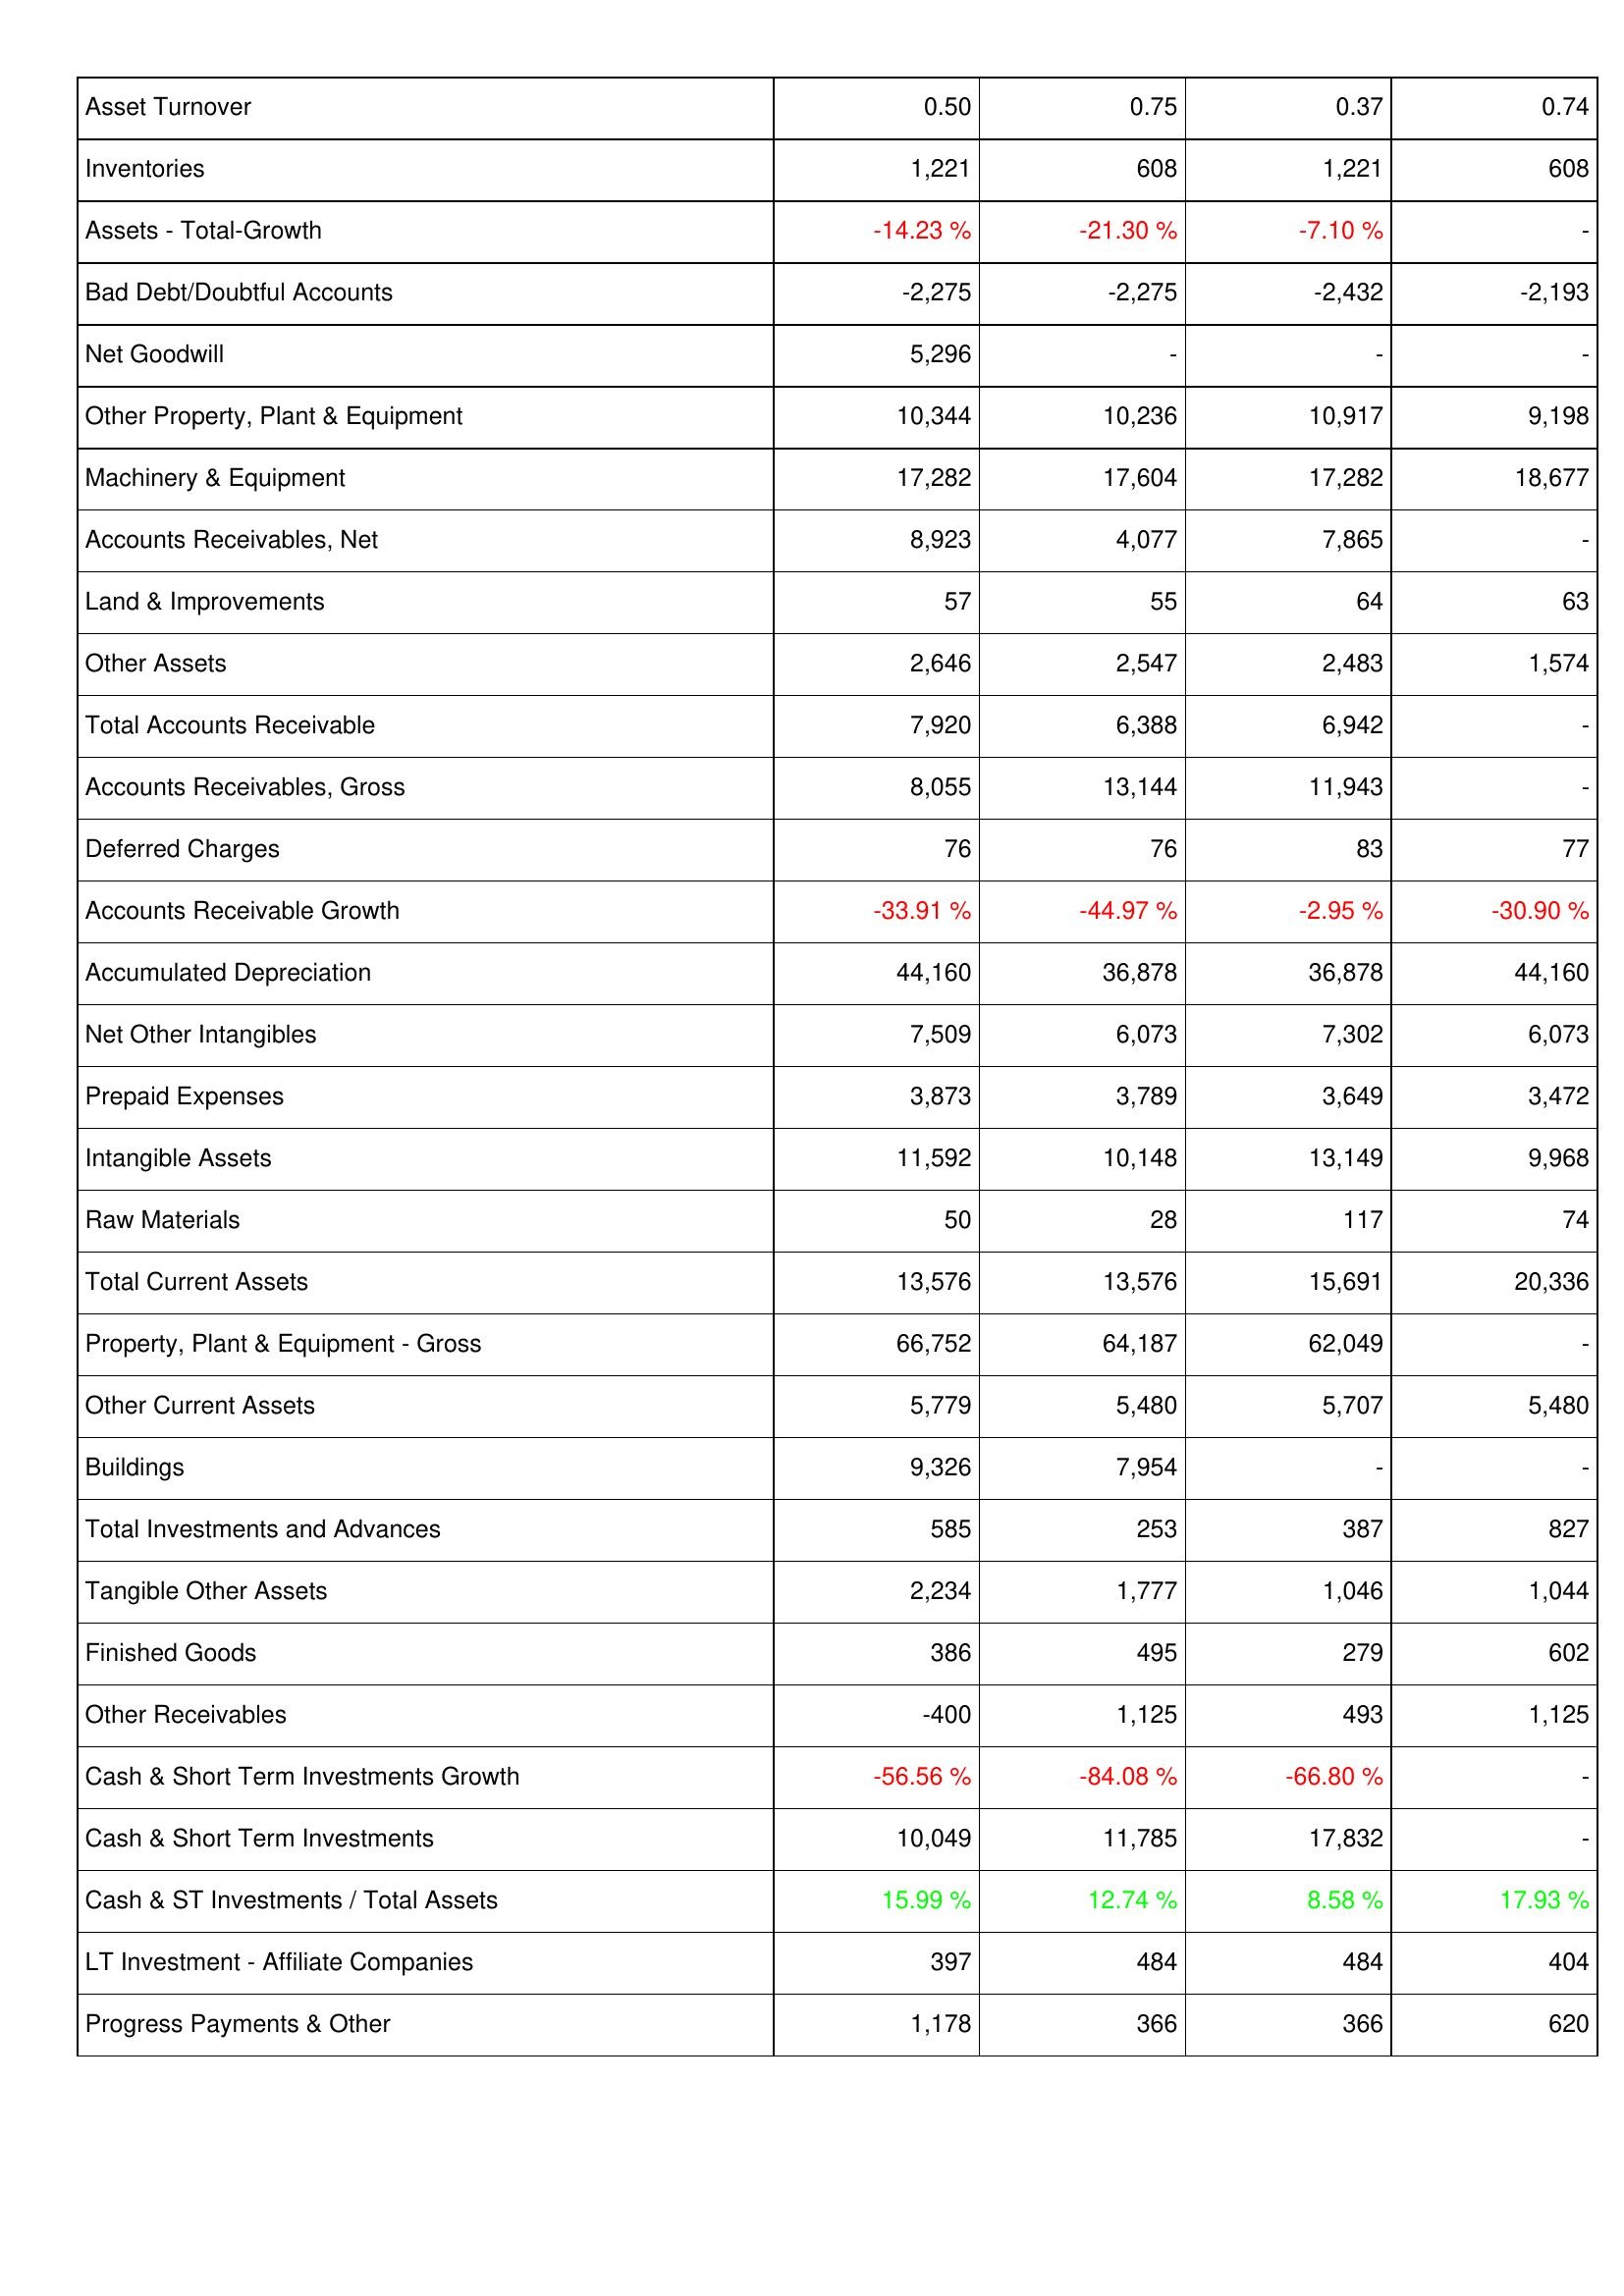
2022: Assets: Asset Turnover: 0.50
Inventories: 1,221
Assets - Total-Growth: -14.23 %
Bad Debt/Doubtful Accounts: -2,275
Net Goodwill: 5,296
Other Property, Plant & Equipment: 10,344
Machinery & Equipment: 17,282
Accounts Receivables, Net: 8,923
Land & Improvements: 57
Other Assets: 2,646
Total Accounts Receivable: 7,920
Accounts Receivables, Gross: 8,055
Deferred Charges: 76
Accounts Receivable Growth: -33.91 %
Accumulated Depreciation: 44,160
Net Other Intangibles: 7,509
Prepaid Expenses: 3,873
Intangible Assets: 11,592
Raw Materials: 50
Total Current Assets: 13,576
Property, Plant & Equipment - Gross: 66,752
Other Current Assets: 5,779
Buildings: 9,326
Total Investments and Advances: 585
Tangible Other Assets: 2,234
Finished Goods: 386
Other Receivables: -400
Cash & Short Term Investments Growth: -56.56 %
Cash & Short Term Investments: 10,049
Cash & ST Investments / Total Assets: 15.99 %
LT Investment - Affiliate Companies: 397
Progress Payments & Other: 1,178
2023: Assets: Asset Turnover: 0.75
Inventories: 608
Assets - Total-Growth: -21.30 %
Bad Debt/Doubtful Accounts: -2,275
Net Goodwill: -
Other Property, Plant & Equipment: 10,236
Machinery & Equipment: 17,604
Accounts Receivables, Net: 4,077
Land & Improvements: 55
Other Assets: 2,547
Total Accounts Receivable: 6,388
Accounts Receivables, Gross: 13,144
Deferred Charges: 76
Accounts Receivable Growth: -44.97 %
Accumulated Depreciation: 36,878
Net Other Intangibles: 6,073
Prepaid Expenses: 3,789
Intangible Assets: 10,148
Raw Materials: 28
Total Current Assets: 13,576
Property, Plant & Equipment - Gross: 64,187
Other Current Assets: 5,480
Buildings: 7,954
Total Investments and Advances: 253
Tangible Other Assets: 1,777
Finished Goods: 495
Other Receivables: 1,125
Cash & Short Term Investments Growth: -84.08 %
Cash & Short Term Investments: 11,785
Cash & ST Investments / Total Assets: 12.74 %
LT Investment - Affiliate Companies: 484
Progress Payments & Other: 366
2024: Assets: Asset Turnover: 0.37
Inventories: 1,221
Assets - Total-Growth: -7.10 %
Bad Debt/Doubtful Accounts: -2,432
Net Goodwill: -
Other Property, Plant & Equipment: 10,917
Machinery & Equipment: 17,282
Accounts Receivables, Net: 7,865
Land & Improvements: 64
Other Assets: 2,483
Total Accounts Receivable: 6,942
Accounts Receivables, Gross: 11,943
Deferred Charges: 83
Accounts Receivable Growth: -2.95 %
Accumulated Depreciation: 36,878
Net Other Intangibles: 7,302
Prepaid Expenses: 3,649
Intangible Assets: 13,149
Raw Materials: 117
Total Current Assets: 15,691
Property, Plant & Equipment - Gross: 62,049
Other Current Assets: 5,707
Buildings: -
Total Investments and Advances: 387
Tangible Other Assets: 1,046
Finished Goods: 279
Other Receivables: 493
Cash & Short Term Investments Growth: -66.80 %
Cash & Short Term Investments: 17,832
Cash & ST Investments / Total Assets: 8.58 %
LT Investment - Affiliate Companies: 484
Progress Payments & Other: 366
2025: Assets: Asset Turnover: 0.74
Inventories: 608
Assets - Total-Growth: -
Bad Debt/Doubtful Accounts: -2,193
Net Goodwill: -
Other Property, Plant & Equipment: 9,198
Machinery & Equipment: 18,677
Accounts Receivables, Net: -
Land & Improvements: 63
Other Assets: 1,574
Total Accounts Receivable: -
Accounts Receivables, Gross: -
Deferred Charges: 77
Accounts Receivable Growth: -30.90 %
Accumulated Depreciation: 44,160
Net Other Intangibles: 6,073
Prepaid Expenses: 3,472
Intangible Assets: 9,968
Raw Materials: 74
Total Current Assets: 20,336
Property, Plant & Equipment - Gross: -
Other Current Assets: 5,480
Buildings: -
Total Investments and Advances: 827
Tangible Other Assets: 1,044
Finished Goods: 602
Other Receivables: 1,125
Cash & Short Term Investments Growth: -
Cash & Short Term Investments: -
Cash & ST Investments / Total Assets: 17.93 %
LT Investment - Affiliate Companies: 404
Progress Payments & Other: 620